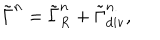
LaTeX: \tilde { \Gamma } ^ { n } = \tilde { \Gamma } _ { R } ^ { n } + \tilde { \Gamma } _ { \mathrm { d i v } } ^ { n } ,